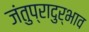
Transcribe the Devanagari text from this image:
जंतुप्रादुर्भाव